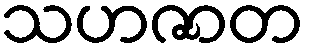
သဟဇာတ